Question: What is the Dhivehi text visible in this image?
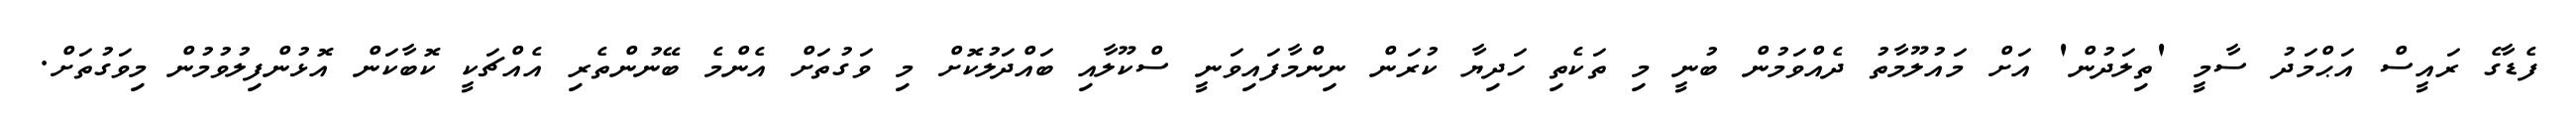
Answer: ފެޑާގެ ރައީސް އަޙްމަދު ސާމީ 'ތިލަދުން' އަށް މައުލޫމާތު ދެއްވަމުން ބުނީ މި ތަކެތި ހަދިޔާ ކުރަން ނިންމާފައިވަނީ ސްކޫލާއި ބައްދަލުކޮށް މި ވަގުތަށް އެންމެ ބޭނުންތެރި އެއްޗަކީ ކޮބާކަން އޮޅުންފިލުވުމުން މިވަގުތަށް.